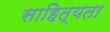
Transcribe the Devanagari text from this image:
साहित्यता